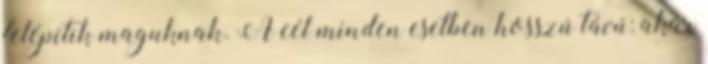
felépítik maguknak. A cél minden esetben hosszú távú: akár